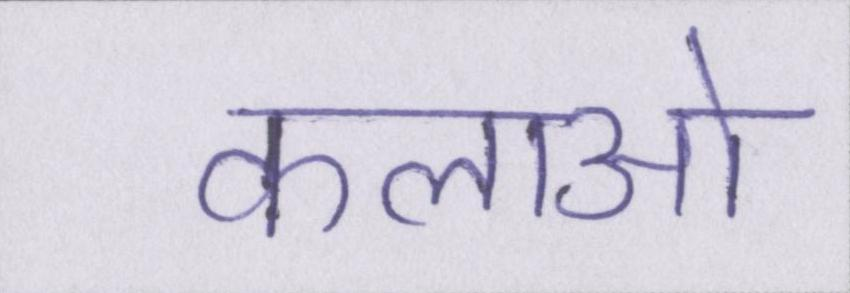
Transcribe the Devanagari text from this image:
कलाओ